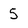
Character: 5